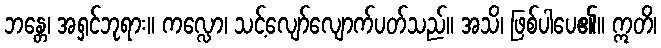
ဘန္တေ၊ အရှင်ဘုရား။ ကလ္လော၊ သင့်လျော်လျောက်ပတ်သည်။ အသိ၊ ဖြစ်ပါပေ၏။ ဣတိ၊